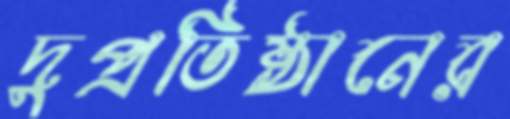
দুপ্রতিষ্ঠানের